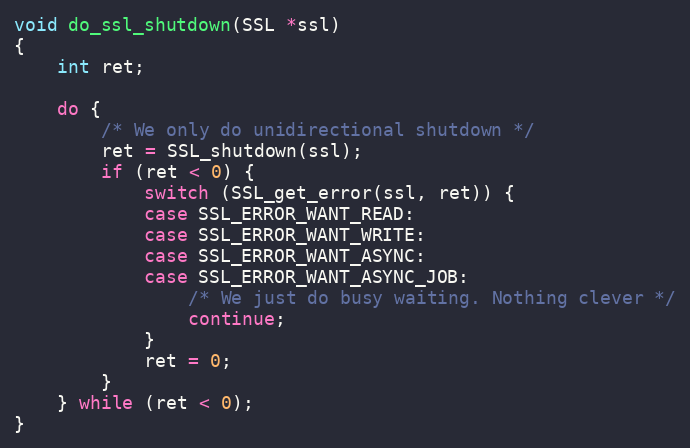
Language: C
void do_ssl_shutdown(SSL *ssl)
{
    int ret;

    do {
        /* We only do unidirectional shutdown */
        ret = SSL_shutdown(ssl);
        if (ret < 0) {
            switch (SSL_get_error(ssl, ret)) {
            case SSL_ERROR_WANT_READ:
            case SSL_ERROR_WANT_WRITE:
            case SSL_ERROR_WANT_ASYNC:
            case SSL_ERROR_WANT_ASYNC_JOB:
                /* We just do busy waiting. Nothing clever */
                continue;
            }
            ret = 0;
        }
    } while (ret < 0);
}